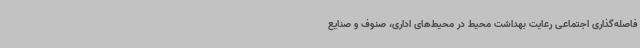
فاصله‌گذاری اجتماعی رعایت بهداشت محیط در محیط‌های اداری، صنوف و صنایع